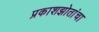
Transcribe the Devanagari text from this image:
प्रकाशझोतांचा